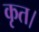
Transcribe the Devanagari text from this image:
कृत।